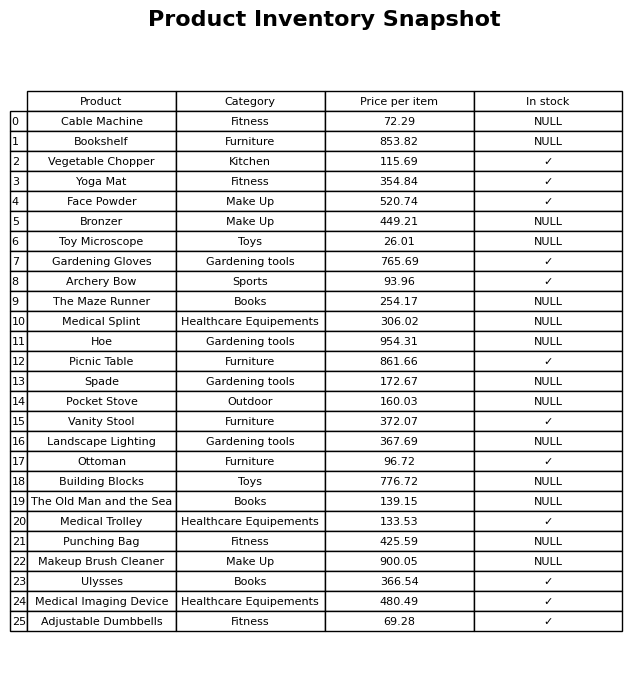
question: What is the price for Face Powder?
answer: The price of Face Powder is 520.74.